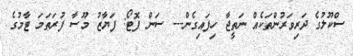
ސްކޫލުގެ ދަރިވަރުންތަކެއް ނަތީޖާ ހިފައިގެން--- ސަން ފޮޓޯ: ފަޔާޒު މޫސާ ފުރަތަމަ ޓާމުގެ